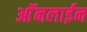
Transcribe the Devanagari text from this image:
आॅनलाईन